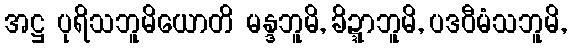
အဋ္ဌ ပုရိသဘူမိယောတိ မန္ဒဘူမိ, ခိဍ္ဍာဘူမိ, ပဒဝီမံသဘူမိ,